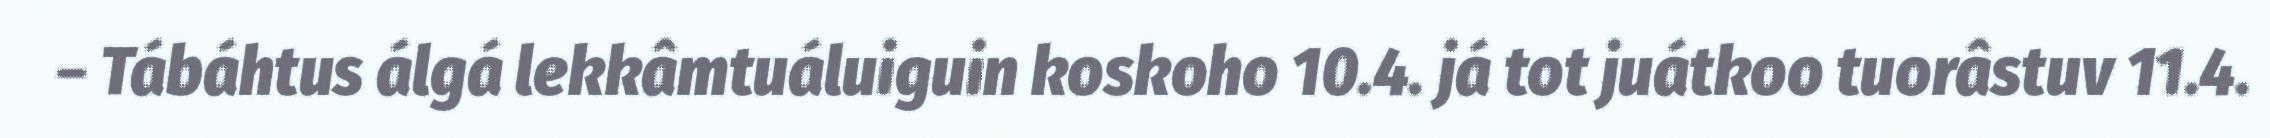
– Tábáhtus álgá lekkâmtuáluiguin koskoho 10.4. já tot juátkoo tuorâstuv 11.4.